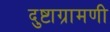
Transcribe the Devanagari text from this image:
दुष्टाग्रामणी